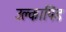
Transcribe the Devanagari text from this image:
उल्‍कापिंड